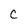
Character: C